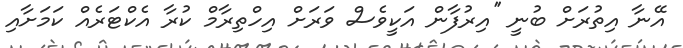
އޭނާ އިތުރަށް ބުނީ ''އިރުފާން އަކީވެސް ވަރަށް އިހްތިރާމް ކުރާ އެކްޓަރެއް ކަމަށާއި